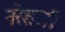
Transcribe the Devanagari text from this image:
नरेशजी